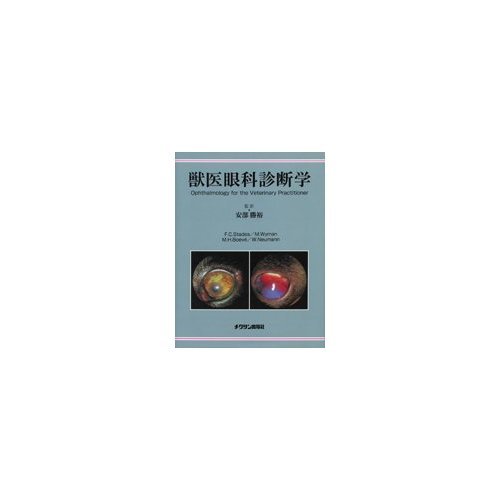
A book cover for Veterinary ophthalmology diagnostics (2000) ISBN: 4885006392 [Japanese Import]; Medical Books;